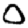
Digit: 0